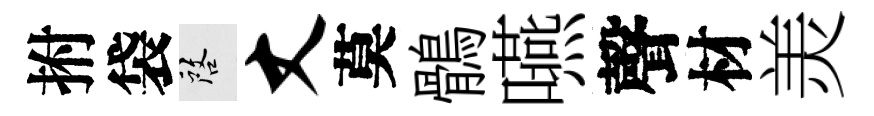
拊袋啓丈莫鶻嚥聲材羙